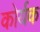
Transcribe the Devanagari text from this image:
कोर्यक